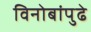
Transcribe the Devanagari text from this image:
विनोबांपुढे